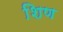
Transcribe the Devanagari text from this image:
शिण